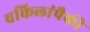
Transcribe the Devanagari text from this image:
वकिलांपैकी